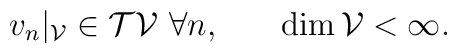
\matrix{v_n|_{\cal V}\in {\cal T}{\cal V}\, \, \forall n,&\quad {\rm dim}\,{\cal V}<\infty.}